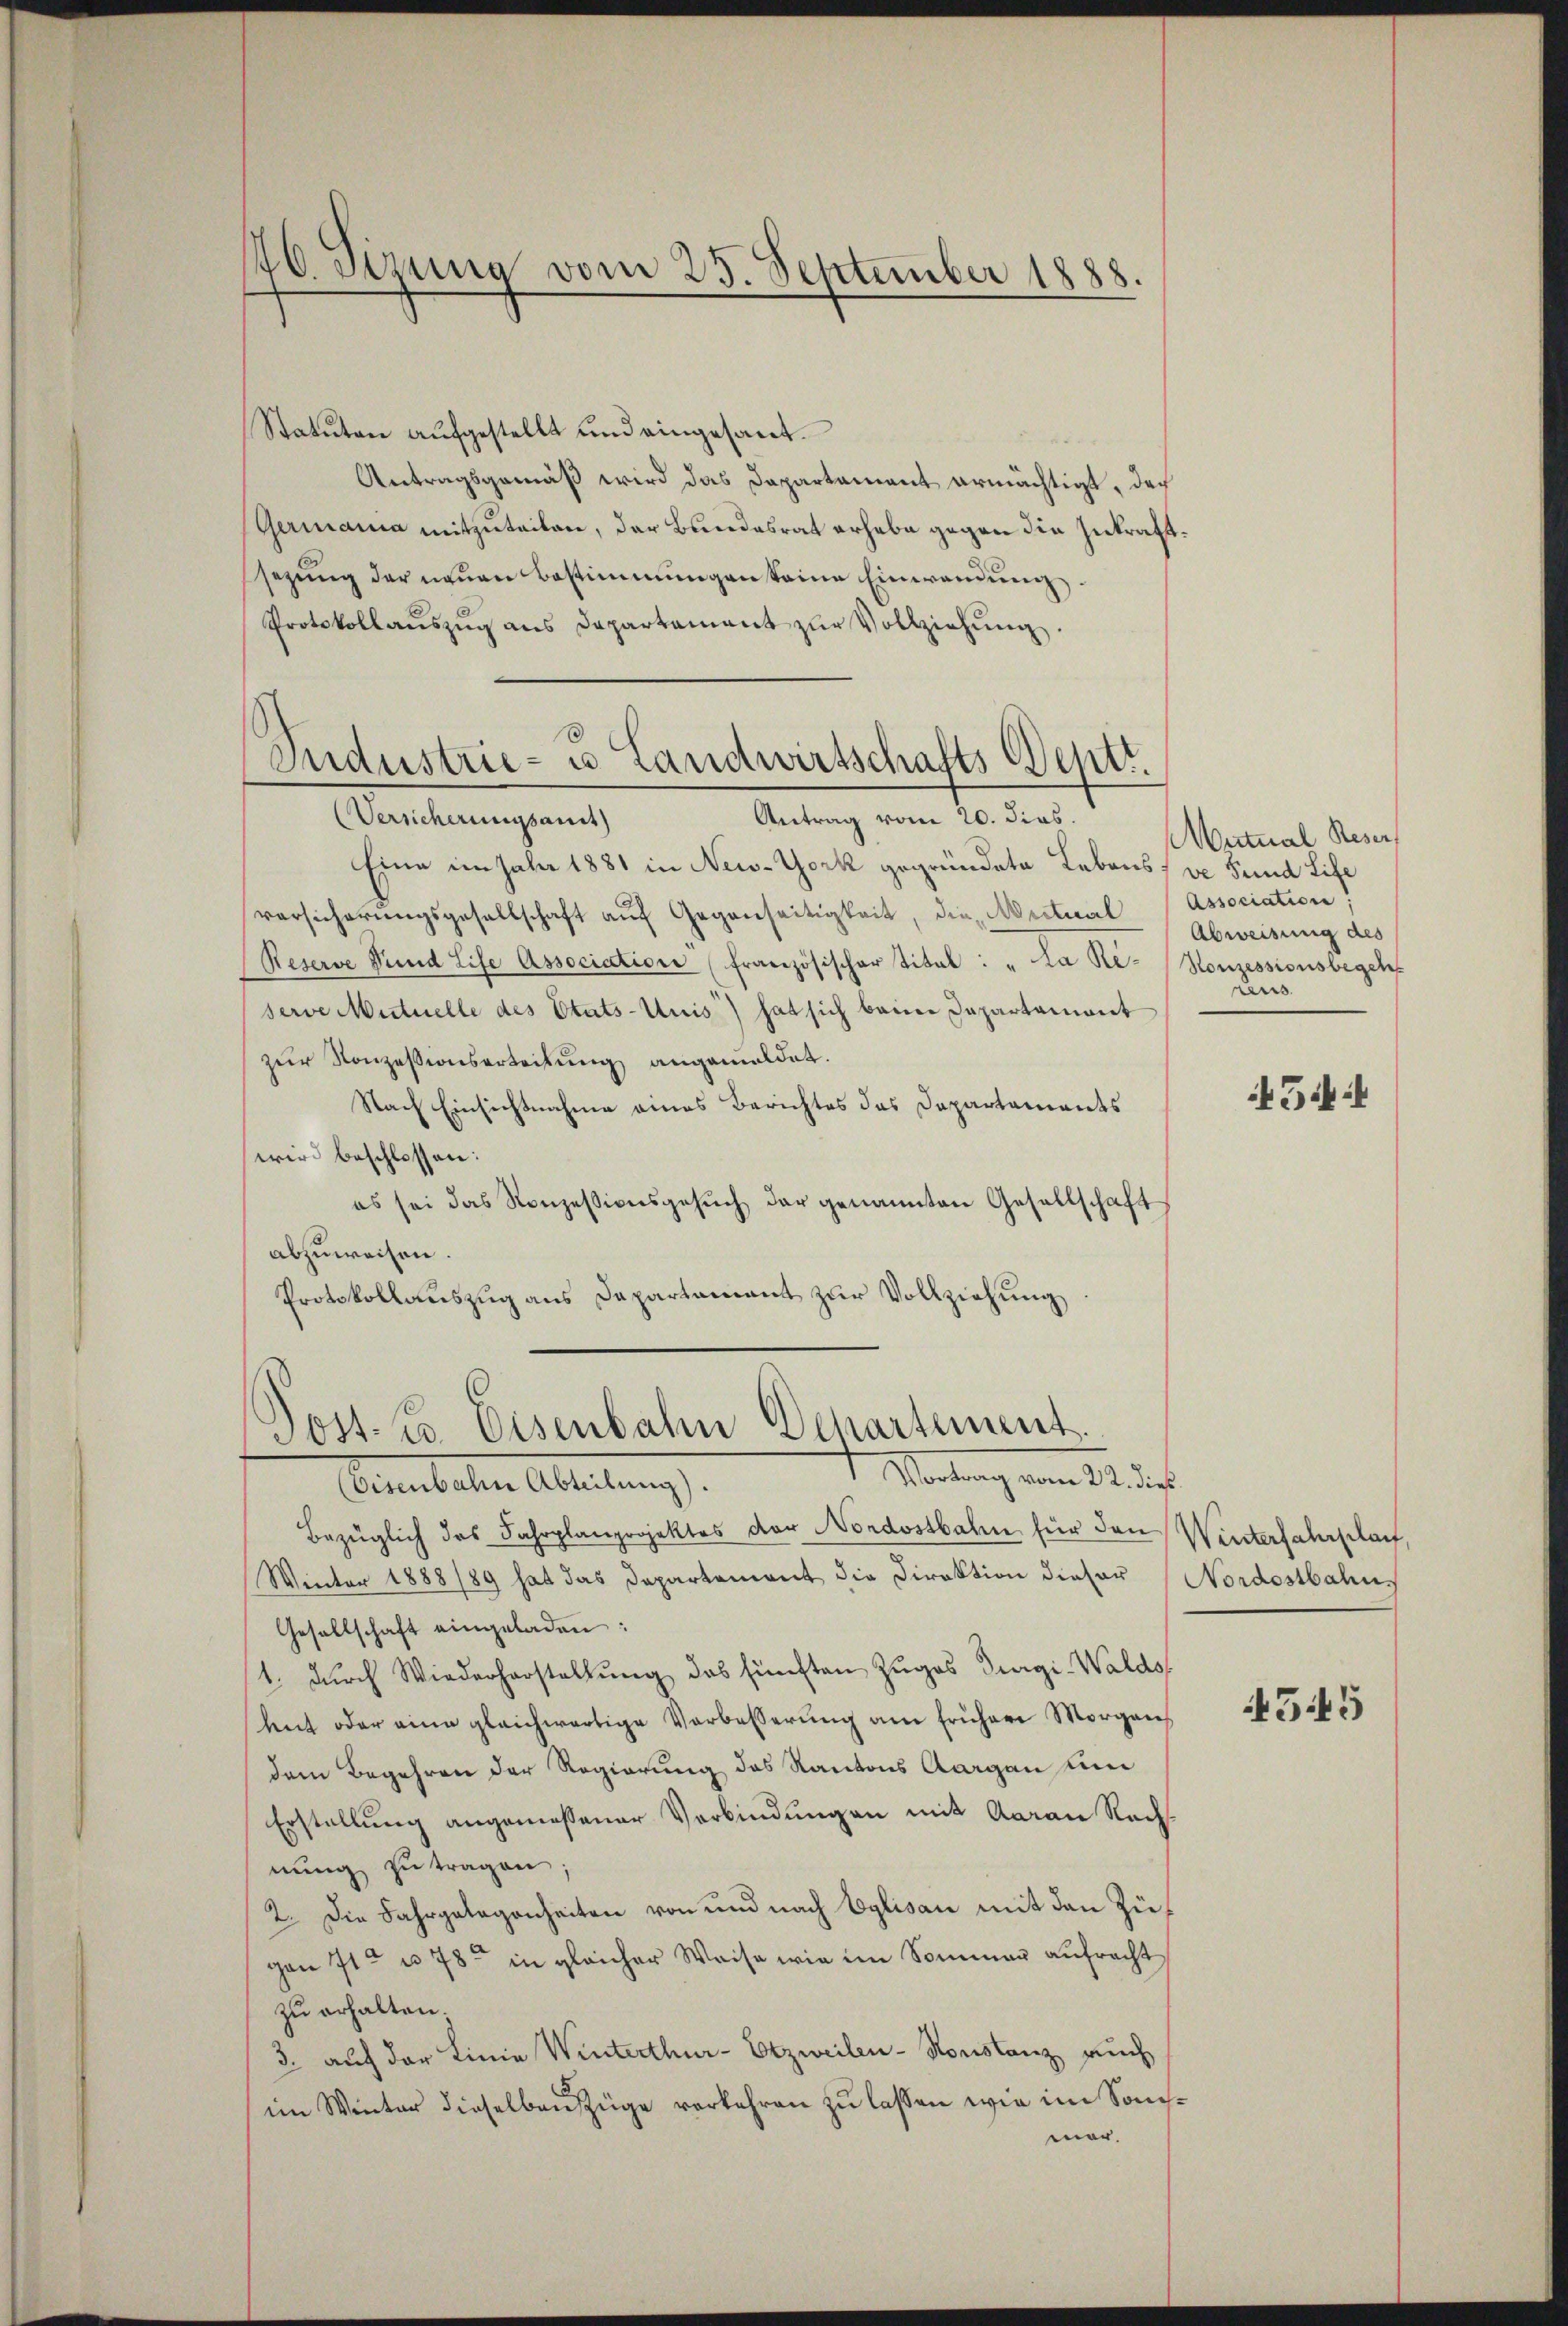
146 Sirna vom 25. September 1888.

Statuten aufgestellt und eingesant¬
Antragsgemäß wird das Dapartament ermächtigt, daß
Germanna mitzuteilen, der Bundesrat erhebe gegen die Zukraft
ssezung der neuen Bestimmungen seine Einwendung.
Protokollaŭszŭg ans Departament zŭr Vollziehŭng.
Antrag vom 20. dies.
Versicherungsamt
Eine im Jahr 1881 in New-York gegründete Lebens, ve Fund Life
vorsicherungsgesellschaft auf Gegenseitigkeit, die Mitual
Reserve und Life Association (französischer Titel: "La Re-
serve Mutuelle des Etats-Unis) hat sich beim Departamant
zur Konzessionserteilung angemeldet.
Nach Einsichtnahme eines Berichtes das Dapartaments
wird beschlossen:
es sei das Konzessionsgesuch der genannten Gesellschaft
abzuweisen.
Protokollauszug aus Departament zŭr Vollziehung
Post. B. Eisenbahn Departement.
s. Wartung vom 11. dies
Bemmbaten Abteilung.
Bezüglich das Fahrplanprojektes der Nordostbahn für den Winterfahrplauf,
Winter 1888/89 hat das Departement die Direktion dieser
Gesellschaft eingeladen:
1. durch Wiederhorstellung des fünften Zuges durgi-Walds
heit oder eine gleichwärtige Verbesserung am früher Morgen
dem Begehren der Regierung des Kantons Aargau un
Erstellung angemessener Verbindungen mit Aarau Rech-
nŭng zu tragen;
2. Die Fahrgelegenheiten von und nach Eglisau mit den Zügen 7te u. 78 in gleicher Weise wie im Sommer aufracht
zu erhalten;
3. auch der Linie Winterthur-Etzweilen-Konstanz, auch
im Winter dieselben Züge verkehren zu lassen wie im Sonchmar.

Industrie- u Landwirtschafts Deptr.

Mutual Reser,
Association:
Abweisung des
Ronzessionsbegeh
pens

454

Nordostbahn.

5445